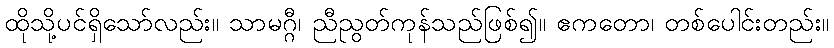
ထိုသို့ပင်ရှိသော်လည်း။ သာမဂ္ဂီ၊ ညီညွတ်ကုန်သည်ဖြစ်၍။ ဧကတော၊ တစ်ပေါင်းတည်း။